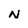
Character: N